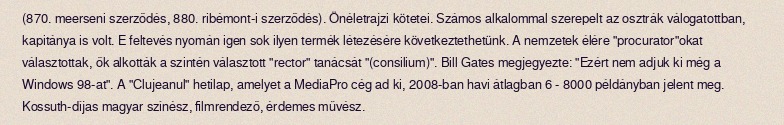
(870. meerseni szerződés, 880. ribémont-i szerződés). Önéletrajzi kötetei. Számos alkalommal szerepelt az osztrák válogatottban, kapitánya is volt. E feltevés nyomán igen sok ilyen termék létezésére következtethetünk. A nemzetek élére "procurator"okat választottak, ők alkották a szintén választott "rector" tanácsát "(consilium)". Bill Gates megjegyezte: "Ezért nem adjuk ki még a Windows 98-at". A "Clujeanul" hetilap, amelyet a MediaPro cég ad ki, 2008-ban havi átlagban 6 - 8000 példányban jelent meg. Kossuth-díjas magyar színész, filmrendező, érdemes művész.